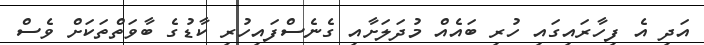
އަދި އެ ފިހާރައިގައި ހުރި ބައެއް މުދަލަށާއި ގެނެސްފައިހުރި ކާޑުގެ ބާވަތްތަކަށް ވެސް